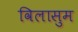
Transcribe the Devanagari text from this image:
विलासुम